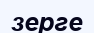
зерге